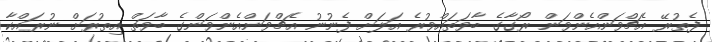
ފެތުރޭ އެޗްވަންއެންވަން ރޯގާގެ ބާވަތައްވުރެ އަލަށް ފެނުނު އެޗްވަންއެންވަންގެ ބާވަތް އިތުރަށް ނުރައްކާ